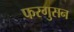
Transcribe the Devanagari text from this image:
फरगुसन